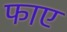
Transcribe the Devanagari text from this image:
फाए